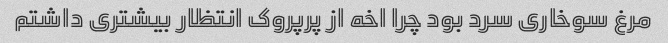
مرغ سوخاری سرد بود چرا اخه از پرپروک انتظار بیشتری داشتم